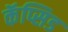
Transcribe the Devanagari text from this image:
कॅप्सिड